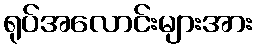
ရုပ်အလောင်းများအား